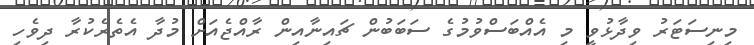
މިނިސަޓަރު ވިދާޅުވީ މި އެއްބަސްވުމުގެ ސަބަބުން ޗައިނާއިން ރާއްޖެއަށް މުދާ އެތެރެކުރާ ދިވެހި